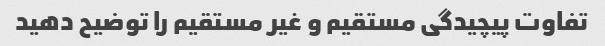
تفاوت پیچیدگی مستقیم و غیر مستقیم را توضیح دهید